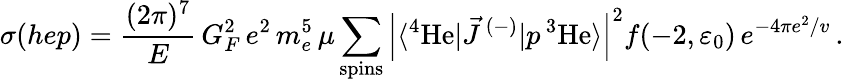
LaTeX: \sigma(hep)=\frac{(2\pi)^{7}}{E}\, G_{F}^{2}\, e^{2}\, m_{e}^{5}\, \mu\sum_{\mathrm{spins}}\left|\langle{^4{\mathrm{He}}}|\vec{J}\, ^{(-)}|p\, {^3{\mathrm{He}}}\rangle\right|^{2}f(-2,\varepsilon_{0})\, e^{{-4\pi e^{2}}/{v}}\, .